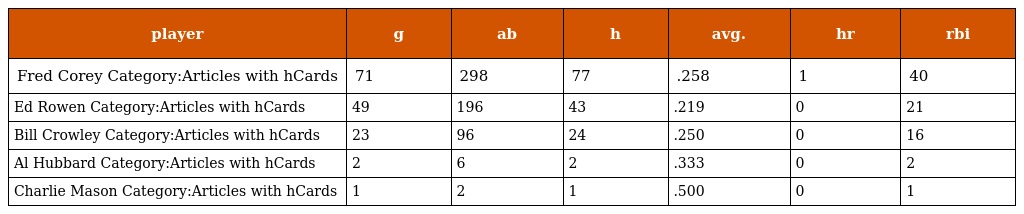
| player | g | ab | h | avg. | hr | rbi |
 | --- | --- | --- | --- | --- | --- | --- |
 | Fred Corey Category:Articles with hCards | 71 | 298 | 77 | .258 | 1 | 40 |
 | Ed Rowen Category:Articles with hCards | 49 | 196 | 43 | .219 | 0 | 21 |
 | Bill Crowley Category:Articles with hCards | 23 | 96 | 24 | .250 | 0 | 16 |
 | Al Hubbard Category:Articles with hCards | 2 | 6 | 2 | .333 | 0 | 2 |
 | Charlie Mason Category:Articles with hCards | 1 | 2 | 1 | .500 | 0 | 1 |